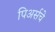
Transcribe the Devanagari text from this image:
पिअर्सचे